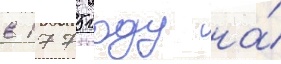
в 1775 году на́